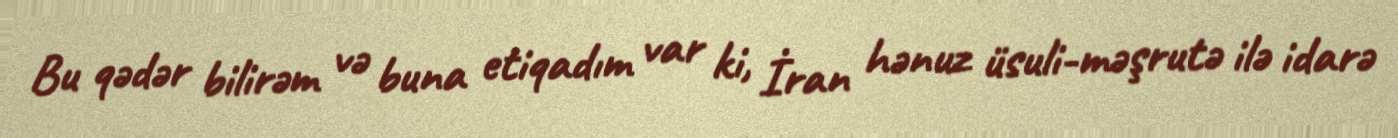
Bu qədər bilirəm və buna etiqadım var ki, İran hənuz üsuli-məşrutə ilə idarə